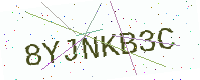
Text: 8YJNKB3C